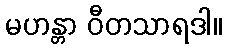
မဟန္တာ ဝီတသာရဒါ။